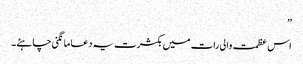
”
اس عظمت والی رات میں بکثرت یہ دعا مانگنی چاہئے۔